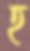
হ